Trukikaitis_Postimees, lk 357
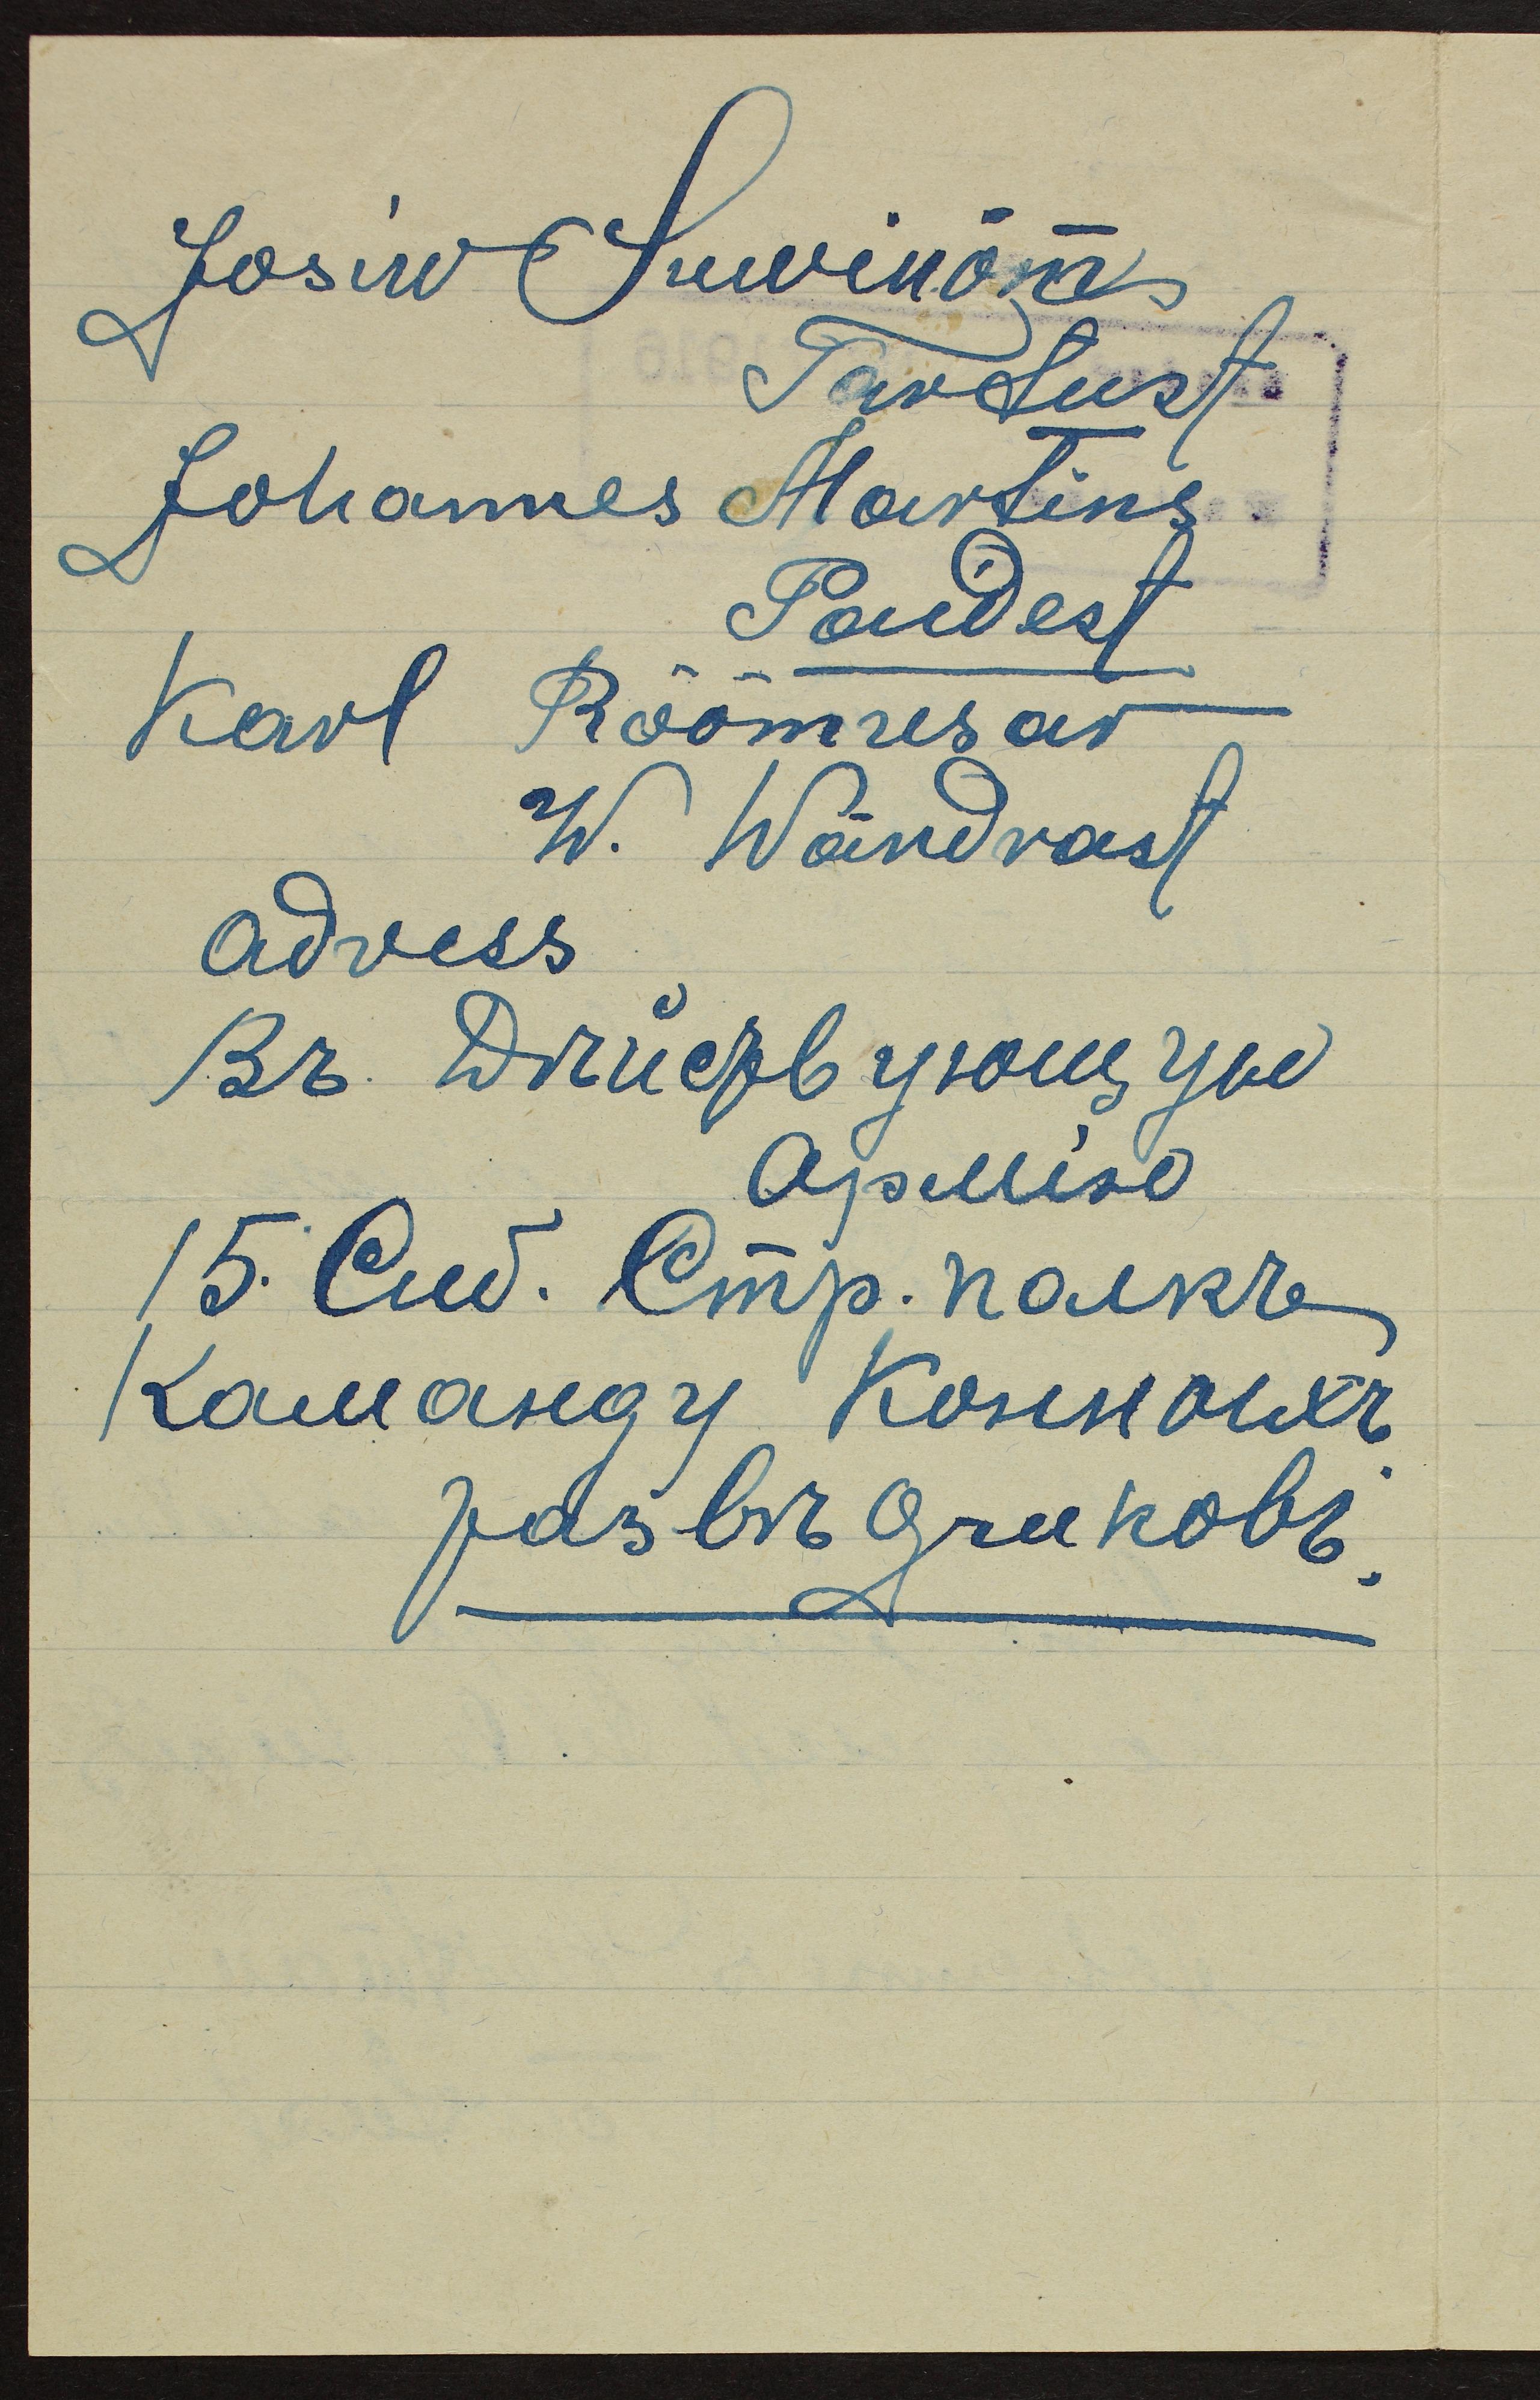
Josiw Suwinõmm
Tartust.
Johannes Martins
Paidest
Karl Rõõmusar
W. Wändrast
adress